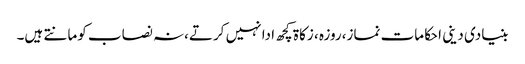
بنیادی دینی احکامات نماز،روزہ ، زکاۃ کچھ ادا نہیں کرتے،نہ نصاب کومانتے ہیں۔